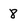
Character: 8